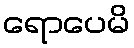
ရောပေမိ